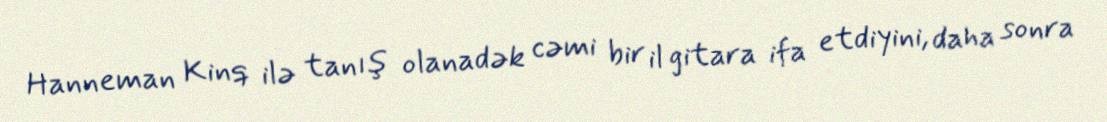
Hanneman Kinq ilə tanış olanadək cəmi bir il gitara ifa etdiyini, daha sonra